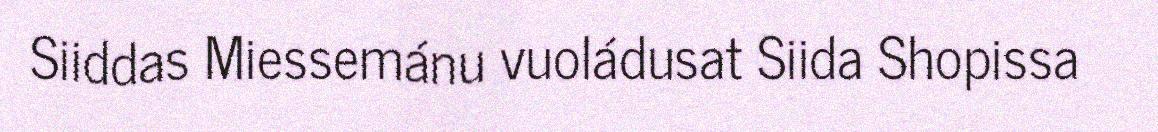
Siiddas Miessemánu vuoládusat Siida Shopissa